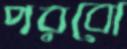
পরবো